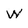
Character: W